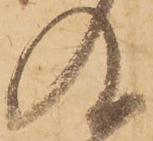
及